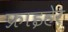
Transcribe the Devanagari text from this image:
फ्राइहेर